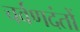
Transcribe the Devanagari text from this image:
चर्वणदंतों